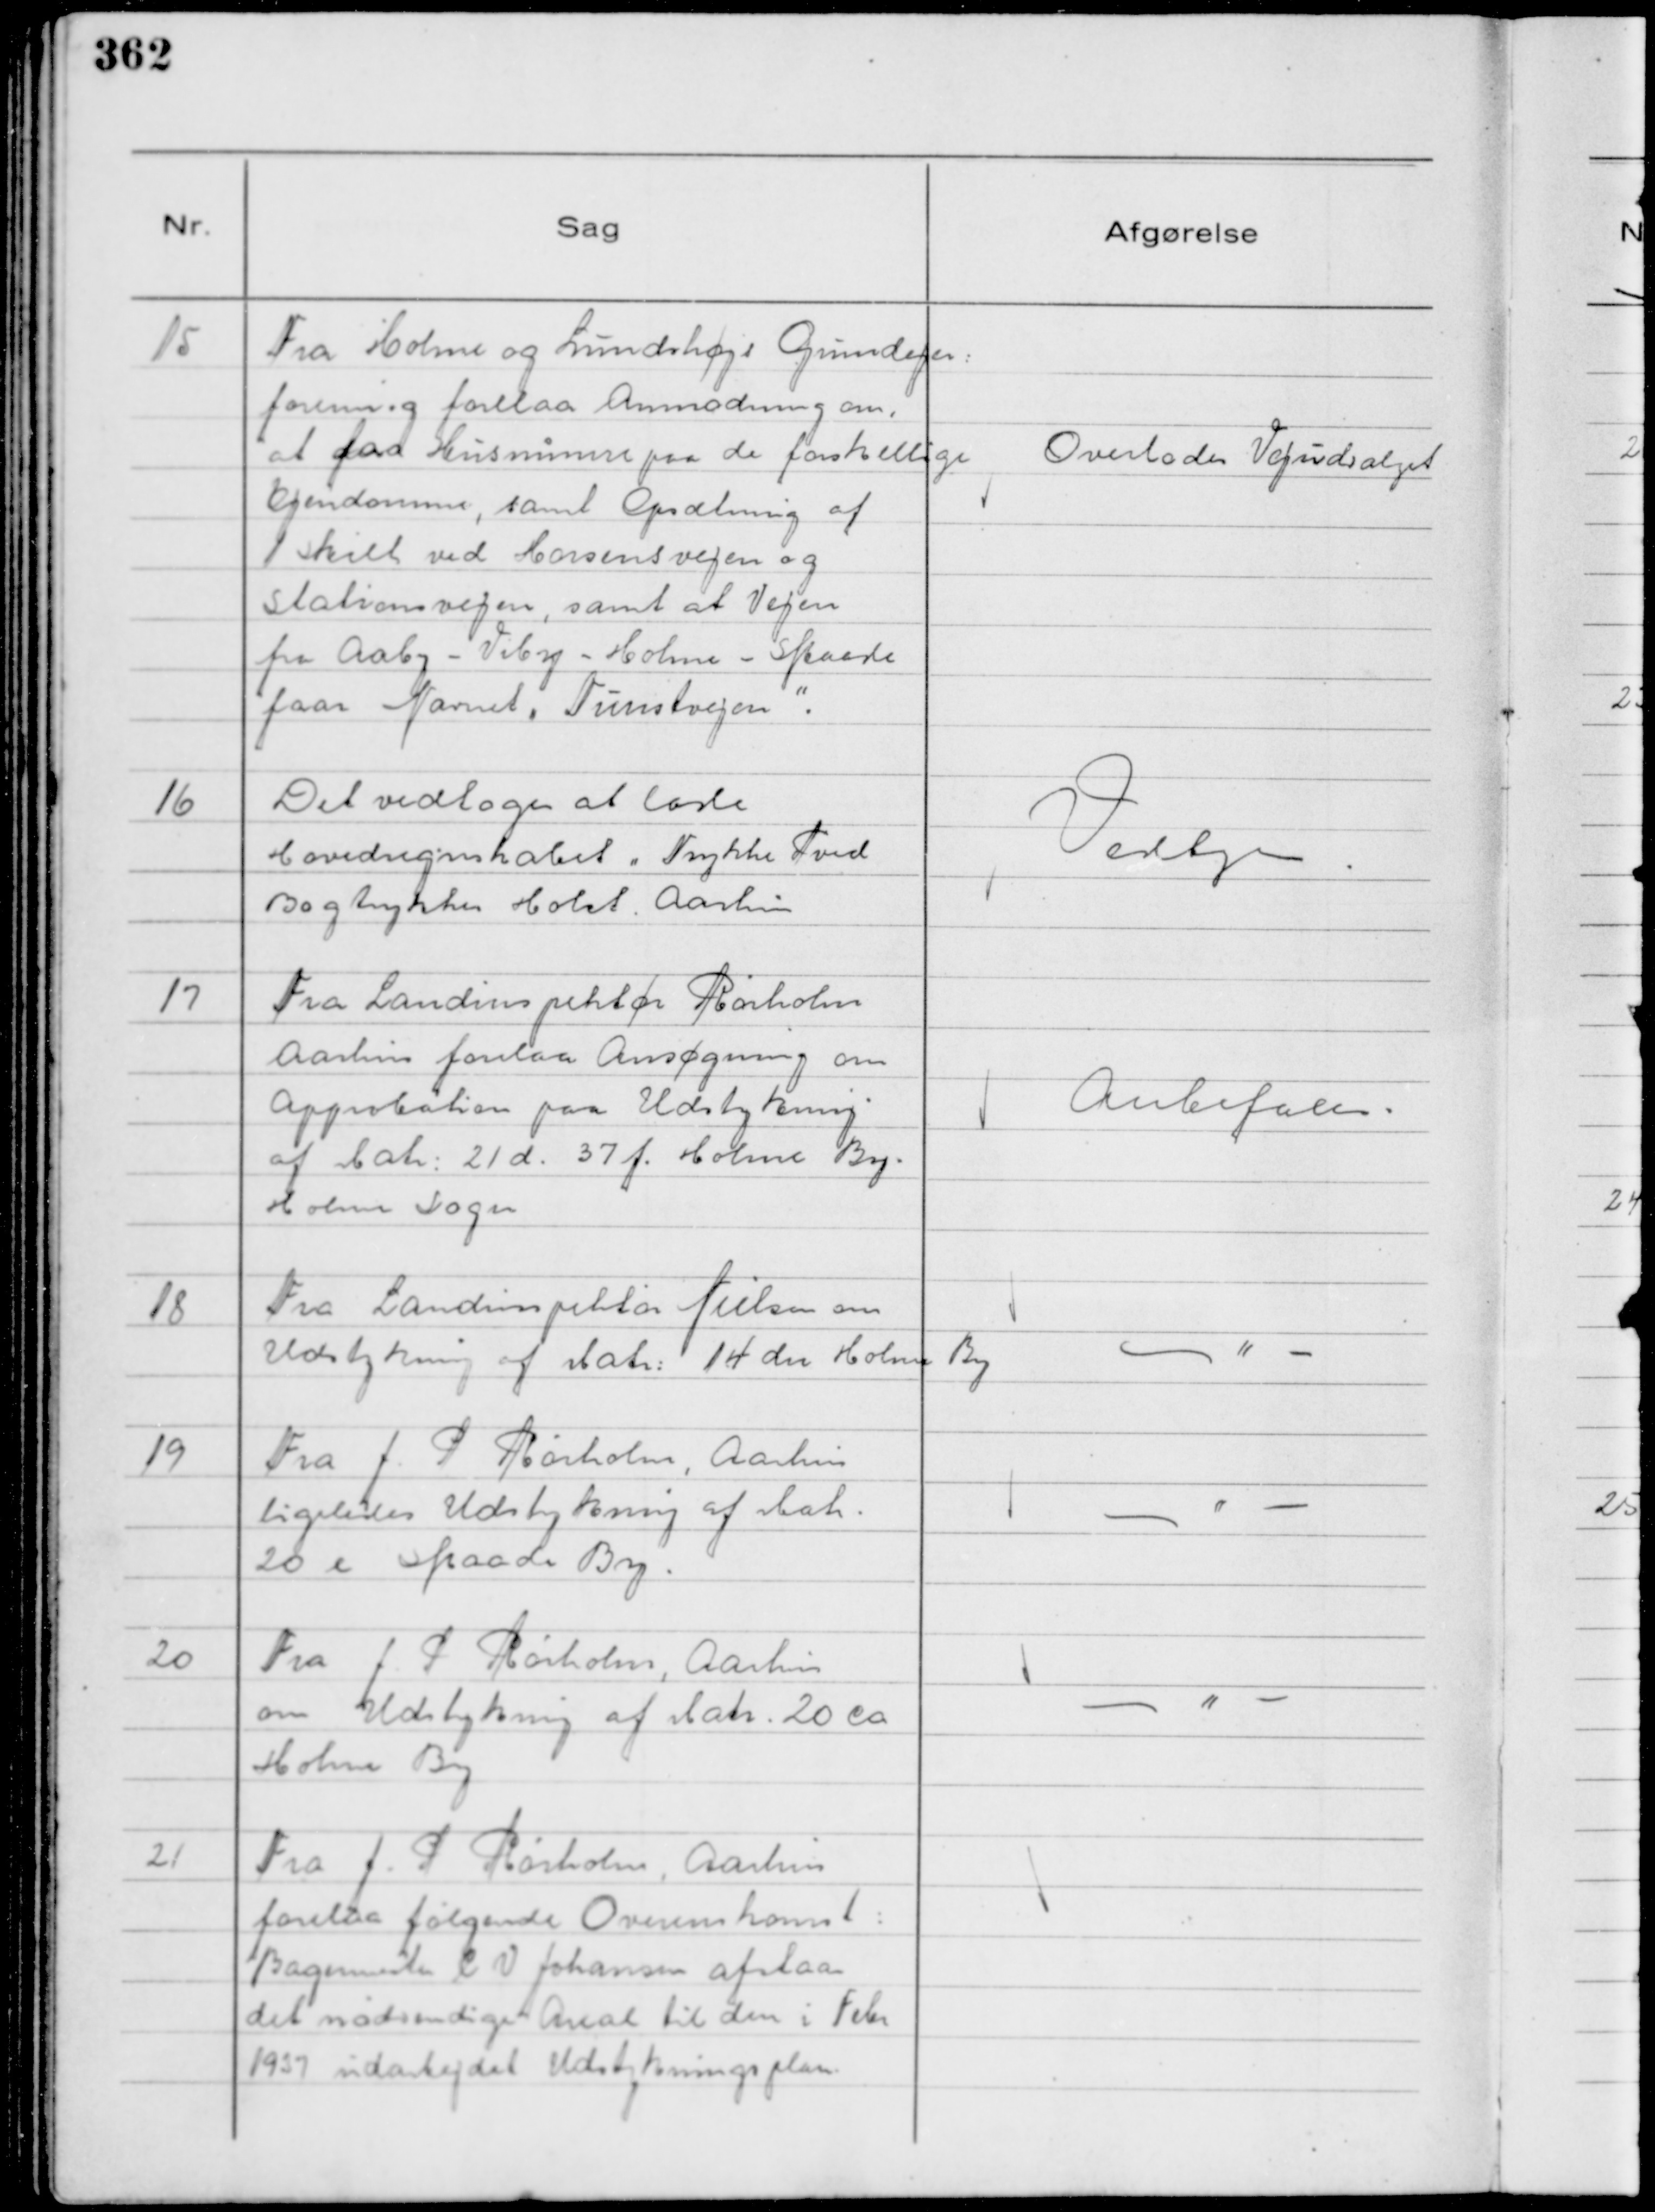
Transskription:
15
Fra Holme og Lundshøjs Grundejer:
forening forelaa Anmodning om,
at faa Husnumre paa de forskellige
Ejendomme, samt Opsætning af
1 Skilt ved Horsensvejen og
Stationsvejen, samt at Vejen
fra Aaby - Viby - Holme - Skaade
faar Navnet "Tunstvejen".

Overlodes Vejudvalget

16
Det vedtoges at lade
Hovedregnskabet " Trykke Pved
Bogtrykker Holst. Aarhus

Vedtgn.

17
Fra Landinspektør Rørholm
Aarhus forelaa Ansøgning om
Approbation paa Udstykning
af Matr: 21 d. 37 f. Holme By.
Holme Sogn

Anbefales.

18
Fra Landinspektør Nielsen om
Udstykning af Matr: 14 dn Holme By

- " -

19
Fra J. P Rørholm, Aarhus
ligeledes Udstykning af Matr.
20 e Skaade By.

- " -

20
Fra J. P Rørholm, Aarhus
om Udstykning af Matr. 20 ca
Holme By

- " -

21
Fra J. P Rørholm, Aarhus
forelaa følgende Overenskomst :
Bagermester C V Johansen afstaar
det nødvendige Areal til den i Febr
1937 udarbejdet Udstykningsplan.